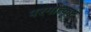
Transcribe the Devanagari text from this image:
परमोत्कृष्ट